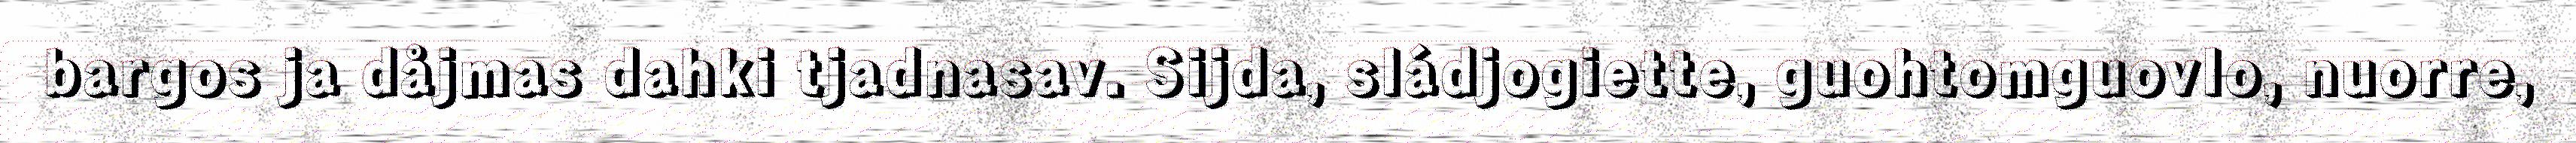
bargos ja dåjmas dahki tjadnasav. Sijda, sládjogiette, guohtomguovlo, nuorre,